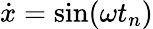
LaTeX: \dot{x}=\sin(\omega t_{n})